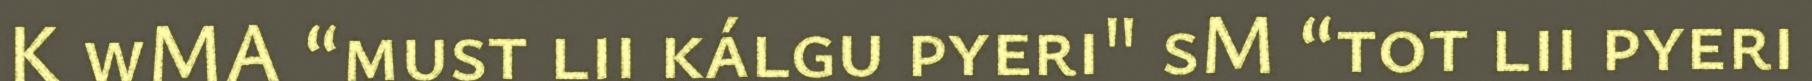
K wMA “must lii kálgu pyeri" sM “tot lii pyeri